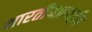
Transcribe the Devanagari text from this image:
भारतीयप्रायद्वीप